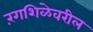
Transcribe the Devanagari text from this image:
रंगशिळेवरील